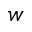
{ w }